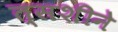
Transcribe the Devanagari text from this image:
त्सशीने